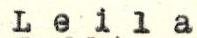
Leila